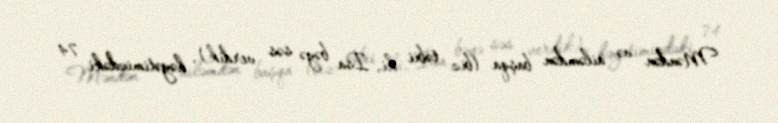
Məndən və ailəmdən başqa (biz təbii ki, İsa bəyə səs verdik), həyətimizdəki 74